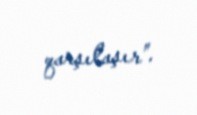
qarşılaşır”.